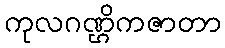
ကုလဂဏ္ဌိကဇာတာ